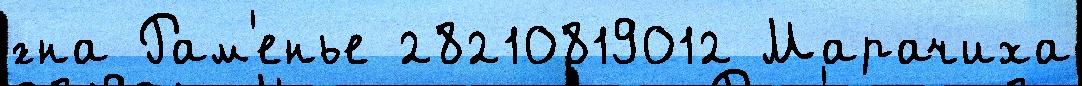
́гна Рам'енье 28210819012 Марачиха